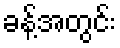
ခန့်အတွင်း